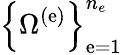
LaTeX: \left\{ \Omega^{\left(\mathrm{e}\right)}\right\} _{\mathrm{e}=1}^{n_{e}}